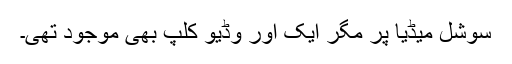
سوشل میڈیا پر مگر ایک اور وڈیو کلپ بھی موجود تھی۔